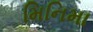
મિનિમા